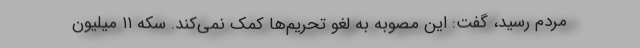
مردم رسید، گفت: این مصوبه به لغو تحریم‌ها کمک نمی‌کند. سکه ۱۱ میلیون